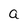
Character: a